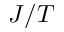
J / T